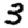
Digit: 3